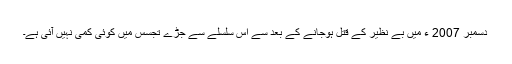
دسمبر 2007 ء میں بے نظیر کے قتل ہوجانے کے بعد سے اس سلسلے سے جڑے تجسس میں کوئی کمی نہیں آئی ہے۔